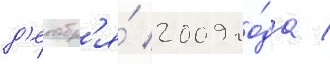
д'екабр'я́ 2009 го́да /